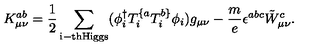
K _ { \mu \nu } ^ { a b } = \frac { 1 } { 2 } \sum _ { \mathrm { i - t h H i g g s } } ( \phi _ { i } ^ { \dag } T _ { i } ^ { \{ a } T _ { i } ^ { b \} } \phi _ { i } ) g _ { \mu \nu } - \frac { m } { e } \epsilon ^ { a b c } \tilde { W } _ { \mu \nu } ^ { c } .